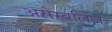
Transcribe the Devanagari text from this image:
असेम्बलिज